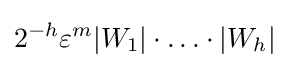
2^{-h}\varepsilon ^{m}|W_{1}|\cdot \ldots \cdot |W_{h}|